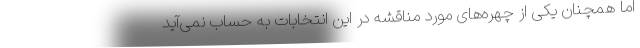
اما همچنان یکی از چهره‌های مورد مناقشه در این انتخابات به حساب نمی‌آید